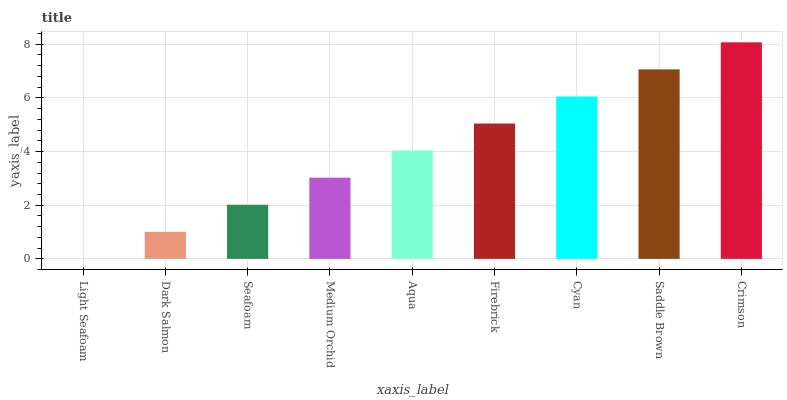
| xaxis_label | bars |
 | --- | --- |
 | Light Seafoam | 0 |
 | Dark Salmon | 1.01 |
 | Seafoam | 2.02 |
 | Medium Orchid | 3.03 |
 | Aqua | 4.03 |
 | Firebrick | 5.04 |
 | Cyan | 6.05 |
 | Saddle Brown | 7.06 |
 | Crimson | 8.07 |